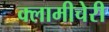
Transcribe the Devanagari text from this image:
क्‍लामीचेरी